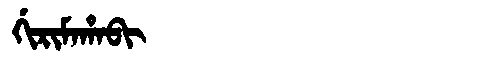
Manchu: ᡤᡳᡵᡳᠮᠠᡥᠠᠪᡳ
Romanization: GIRIMAHABI